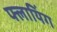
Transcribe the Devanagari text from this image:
फ्लायिंग